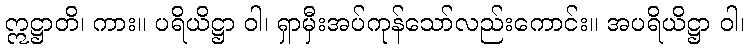
ဣဋ္ဌာတိ၊ ကား။ ပရိယိဋ္ဌာ ဝါ၊ ရှာမှီးအပ်ကုန်သော်လည်းကောင်း။ အပရိယိဋ္ဌာ ဝါ၊